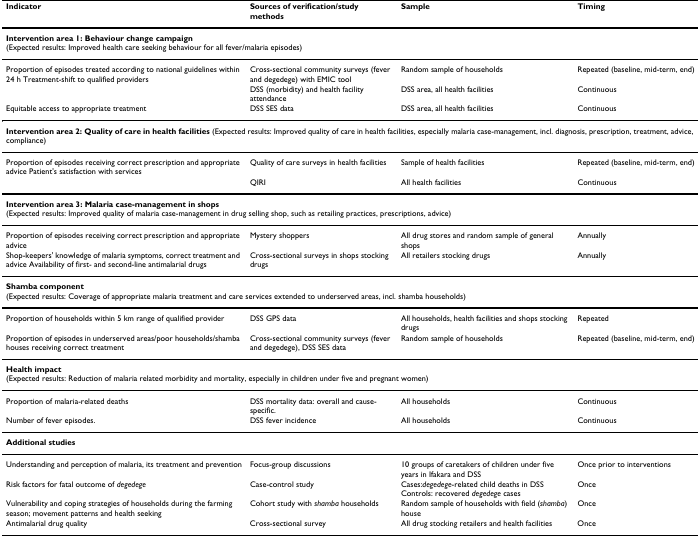
| Indicator | Sources of verification/study methods | Sample | Timing |
 | --- | --- | --- | --- |
 | <COLSPAN=4> Intervention area 1: Behaviour change campaign(Expected results: Improved health care seeking behaviour for all fever/malaria episodes) |
 | Proportion of episodes treated according to national guidelines within 24 h Treatment-shift to qualified providers | Cross-sectional community surveys (fever and degedege) with EMIC tool | Random sample of households | Repeated (baseline, mid-term, end) |
 |  | DSS (morbidity) and health facility attendance | DSS area, all health facilities | Continuous |
 | Equitable access to appropriate treatment | DSS SES data | DSS area, all health facilities | Continuous |
 | <COLSPAN=4> Intervention area 2: Quality of care in health facilities (Expected results: Improved quality of care in health facilities, especially malaria case-management, incl. diagnosis, prescription, treatment, advice, compliance) |
 | Proportion of episodes receiving correct prescription and appropriate advice Patient's satisfaction with services | Quality of care surveys in health facilities | Sample of health facilities | Repeated (baseline, mid-term, end) |
 |  | QIRI | All health facilities | Continuous |
 | <COLSPAN=4> Intervention area 3: Malaria case-management in shops(Expected results: Improved quality of malaria case-management in drug selling shop, such as retailing practices, prescriptions, advice) |
 | Proportion of episodes receiving correct prescription and appropriate advice | Mystery shoppers | All drug stores and random sample of general shops | Annually |
 | Shop-keepers' knowledge of malaria symptoms, correct treatment and advice Availability of first- and second-line antimalarial drugs | Cross-sectional surveys in shops stocking drugs | All retailers stocking drugs | Annually |
 | <COLSPAN=4> Shamba component(Expected results: Coverage of appropriate malaria treatment and care services extended to underserved areas, incl. shamba households) |
 | Proportion of households within 5 km range of qualified provider | DSS GPS data | All households, health facilities and shops stocking drugs | Repeated |
 | Proportion of episodes in underserved areas/poor households/shamba houses receiving correct treatment | Cross-sectional community surveys (fever and degedege), DSS SES data | Random sample of households | Repeated (baseline, mid-term, end) |
 | <COLSPAN=4> Health impact(Expected results: Reduction of malaria related morbidity and mortality, especially in children under five and pregnant women) |
 | Proportion of malaria-related deaths | DSS mortality data: overall and cause-specific. | All households | Continuous |
 | Number of fever episodes. | DSS fever incidence | All households | Continuous |
 | <COLSPAN=4> Additional studies |
 | Understanding and perception of malaria, its treatment and prevention | Focus-group discussions | 10 groups of caretakers of children under five years in Ifakara and DSS | Once prior to interventions |
 | Risk factors for fatal outcome of degedege | Case-control study | Cases:degedege-related child deaths in DSS Controls: recovered degedege cases | Once |
 | Vulnerability and coping strategies of households during the farming season; movement patterns and health seeking | Cohort study with shamba households | Random sample of households with field (shamba) house | Once |
 | Antimalarial drug quality | Cross-sectional survey | All drug stocking retailers and health facilities | Once |